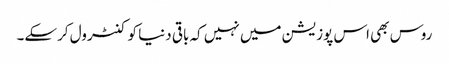
روس بھی اس پوزیشن میں نہیں کہ باقی دنیا کو کنٹرول کرسکے۔